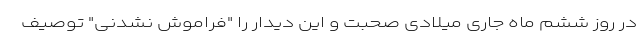
در روز ششم ماه جاری میلادی صحبت و این دیدار را "فراموش نشدنی" توصیف